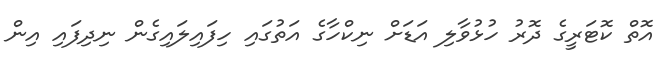
އޮތް ކޮޓަރީގެ ދޮރު ހުޅުވާލި އަޑަށް ނިކްހާގެ އަތުގައި ހިފައިލައިގެން ނިދިފައި އިން